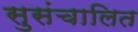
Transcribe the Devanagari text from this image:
सुसंचालित